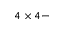
4 \times 4 -